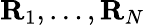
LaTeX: {\mathbf R}_{1},\ldots,{\mathbf R}_{N}